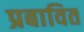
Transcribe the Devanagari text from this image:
प्रबावित